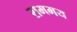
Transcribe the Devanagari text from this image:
सममय